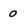
Character: 0